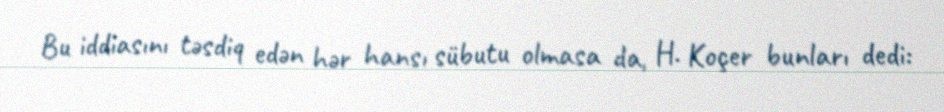
Bu iddiasını təsdiq edən hər hansı sübutu olmasa da, H. Koçer bunları dedi: